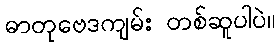
ဓာတုဗေဒကျမ်း တစ်ဆူပါပဲ။